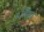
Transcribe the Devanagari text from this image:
५विष्ठा